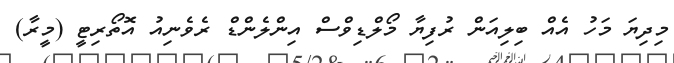
މިދިޔަ މަހު އެއް ބިލިއަން ރުފިޔާ މޯލްޑިވްސް އިންލެންޑް ރެވެނިއު އޮތޯރިޓީ (މީރާ)